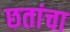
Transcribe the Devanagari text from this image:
छतांचा